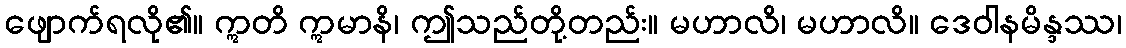
ဖျောက်ရလို၏။ ဣတိ ဣမာနိ၊ ဤသည်တို့တည်း။ မဟာလိ၊ မဟာလိ။ ဒေဝါနမိန္ဒဿ၊